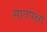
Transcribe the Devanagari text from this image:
सातपेक्षा